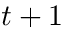
t + 1